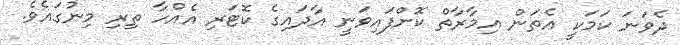
ދެވަނަ ކަމަކީ އެތަން އިމާރާތް ކޮށްފައިވަނީ އާދައިގެ ކޮޓަރި އެއްހާ ތިރި މިނުގައެވެ.